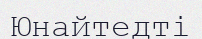
Юнайтедті